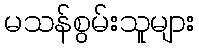
မသန်စွမ်းသူများ